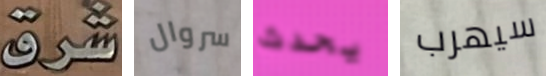
شرق سروال يحدث سيهرب